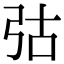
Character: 𢏆